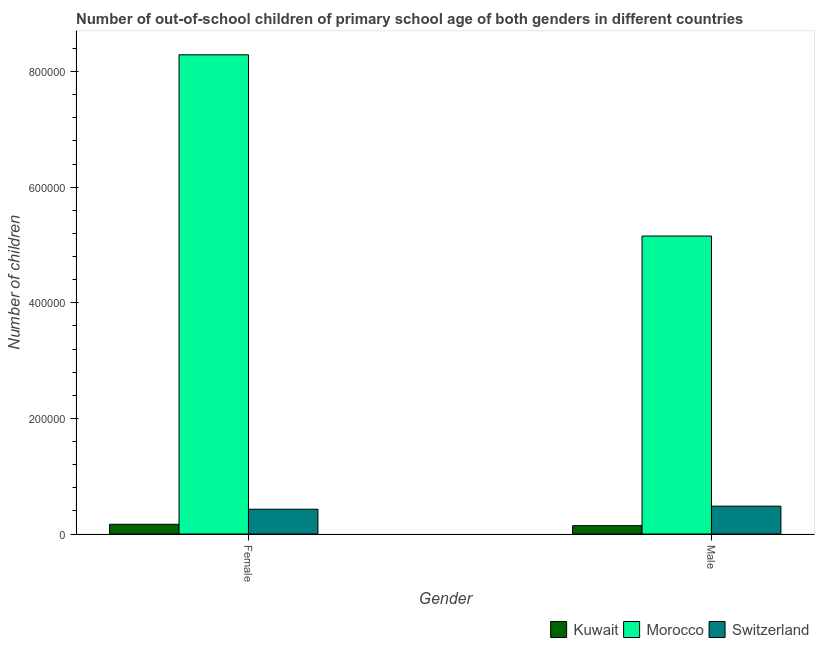
| Gender | Kuwait | Morocco | Switzerland |
 | --- | --- | --- | --- |
 | Female | 1.68e+04 | 8.29e+05 | 4.29e+04 |
 | Male | 1.44e+04 | 5.15e+05 | 4.81e+04 |